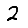
Digit: 2